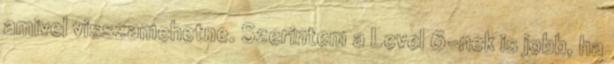
amivel visszamehetne. Szerintem a Level 6-nek is jobb, ha